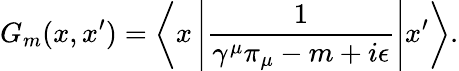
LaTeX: G_{m}(x,x^{\prime})=\left\langle x\left|\frac 1{\gamma^{\mu}\pi_{\mu}-m+i\epsilon}\right|x^{\prime}\right\rangle.